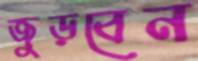
জুড়বেন